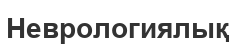
Неврологиялық